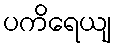
ပကိရေယျ